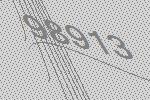
98913